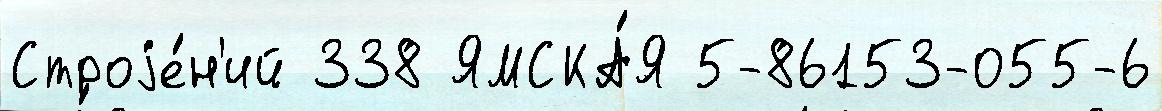
Строjе́н'ий 338 ЯМСКА́Я 5-86153-055-6